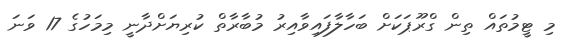
މި ޓީމުތައް ތިން ގްރޫޕަކަށް ބަހާލާފައިވާއިރު މުބާރާތް ކުރިޔަށްދާނީ މިމަހުގެ 17 ވަނަ